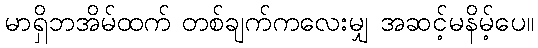
မာရှိဘအိမ်ထက် တစ်ချက်ကလေးမျှ အဆင့်မနိမ့်ပေ။